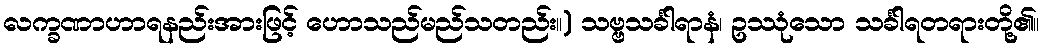
လက္ခဏာဟာရနည်းအားဖြင့် ဟောသည်မည်သတည်း။) သဗ္ဗသင်္ခါရာနံ၊ ဥဿုံသော သင်္ခါရတရားတို့၏။